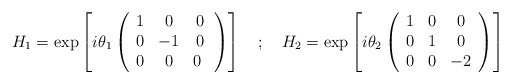
\begin{align*}H_1 = \exp \left[i \theta_1 \left( \begin{array}{ccc} 1 & 0 & 0 \\ 0 & -1 & 0 \\ 0 & 0 & 0 \ \end{array}\right) \right] \quad ; \quad H_2 = \exp \left[i \theta_2 \left(\begin{array}{ccc} 1 & 0 & 0 \\ 0 & 1 & 0 \\ 0 & 0 & -2 \\ \end{array} \right) \right]\end{align*}